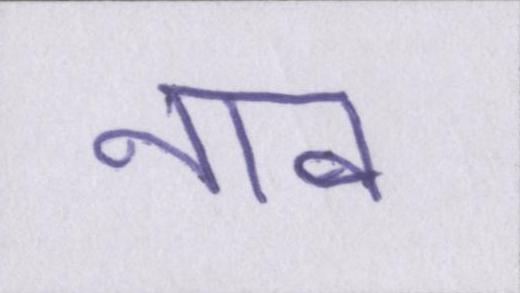
नाव